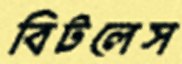
বিটলেস